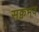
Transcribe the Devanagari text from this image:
सक्वभव